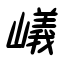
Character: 嶬